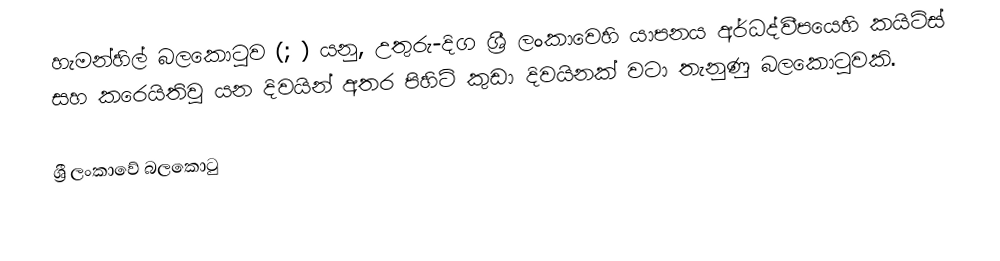
හැමන්හිල් බලකොටුව (; ) යනු,  උතුරු-දිග ශ්‍රී ලංකාවෙහි යාපනය අර්ධද්වීපයෙහි කයිට්ස් සහ කරෙයිතිවු යන දිවයින් අතර පිහිටි කුඩා දිවයිනක් වටා තැනුණු බලකොටුවකි.

ශ්‍රී ලංකාවේ බලකොටු